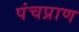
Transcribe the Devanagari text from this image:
पंचप्राण